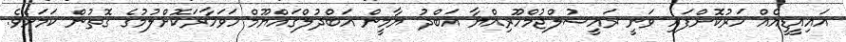
އައިއީޑީއެއް ހަރުކޮށްފައި ވަނީ ރައީސުލްޖުމްހޫރިއްޔާ އަބްދު ޔާމީން އަބްދުލްގައްޔޫމް ހަވަހާރަކޮށްލުމުގެ ގޮތުން ކަމަށެވެ.